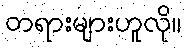
တရားများဟူလို။